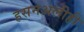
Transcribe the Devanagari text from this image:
हसनअलीही